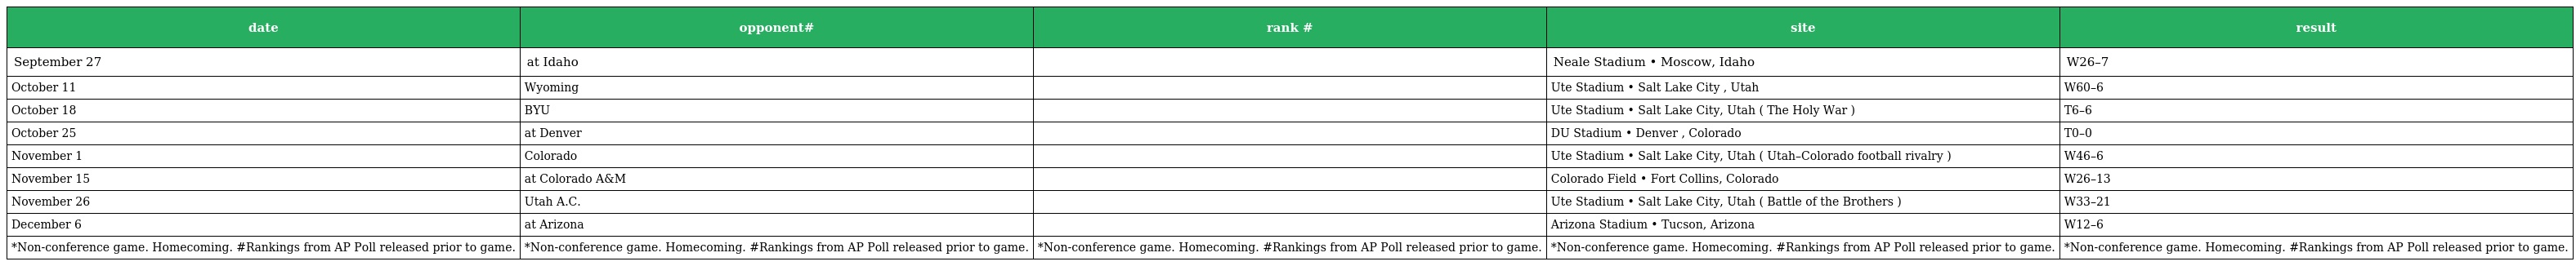
| date | opponent# | rank # | site | result |
 | --- | --- | --- | --- | --- |
 | September 27 | at Idaho |  | Neale Stadium • Moscow, Idaho | W26–7 |
 | October 11 | Wyoming |  | Ute Stadium • Salt Lake City , Utah | W60–6 |
 | October 18 | BYU |  | Ute Stadium • Salt Lake City, Utah ( The Holy War ) | T6–6 |
 | October 25 | at Denver |  | DU Stadium • Denver , Colorado | T0–0 |
 | November 1 | Colorado |  | Ute Stadium • Salt Lake City, Utah ( Utah–Colorado football rivalry ) | W46–6 |
 | November 15 | at Colorado A&M |  | Colorado Field • Fort Collins, Colorado | W26–13 |
 | November 26 | Utah A.C. |  | Ute Stadium • Salt Lake City, Utah ( Battle of the Brothers ) | W33–21 |
 | December 6 | at Arizona |  | Arizona Stadium • Tucson, Arizona | W12–6 |
 | *Non-conference game. Homecoming. #Rankings from AP Poll released prior to game. | *Non-conference game. Homecoming. #Rankings from AP Poll released prior to game. | *Non-conference game. Homecoming. #Rankings from AP Poll released prior to game. | *Non-conference game. Homecoming. #Rankings from AP Poll released prior to game. | *Non-conference game. Homecoming. #Rankings from AP Poll released prior to game. |